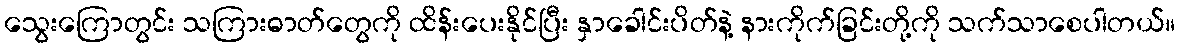
သွေးကြောတွင်း သကြားဓာတ်တွေကို ထိန်းပေးနိုင်ပြီး နှာခေါင်းပိတ်နဲ့ နားကိုက်ခြင်းတို့ကို သက်သာစေပါတယ်။